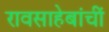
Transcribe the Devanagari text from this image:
रावसाहेबांचीं